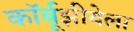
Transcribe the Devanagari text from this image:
कॉर्बूझीयेला